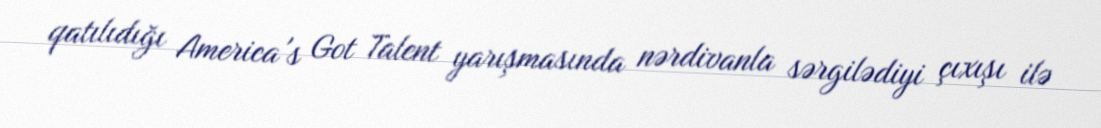
qatılıdığı America's Got Talent yarışmasında nərdivanla sərgilədiyi çıxışı ilə